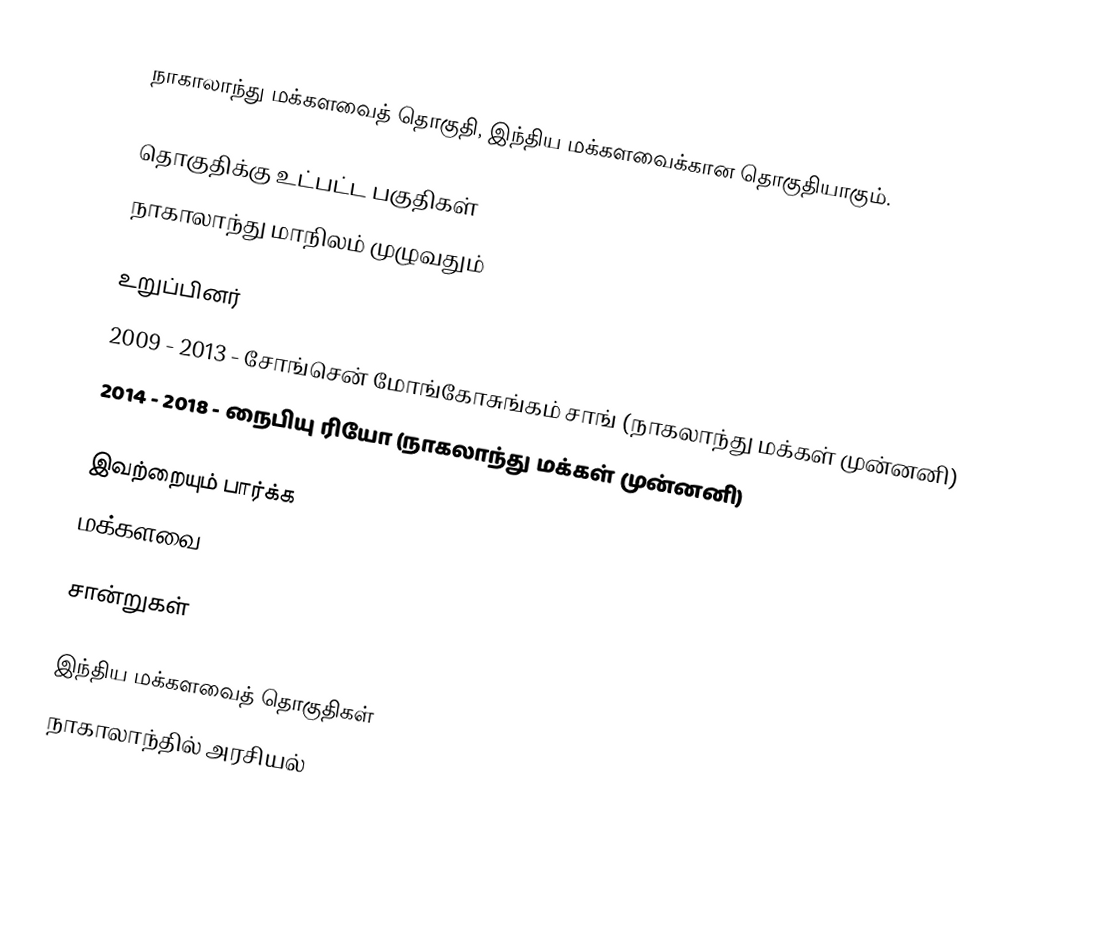
நாகாலாந்து மக்களவைத் தொகுதி, இந்திய மக்களவைக்கான தொகுதியாகும்.

தொகுதிக்கு உட்பட்ட பகுதிகள்
நாகாலாந்து மாநிலம் முழுவதும்

உறுப்பினர்
2009 - 2013  - சோங்சென் மோங்கோசுங்கம் சாங் (நாகலாந்து மக்கள் முன்னனி)
2014 - 2018  - நைபியு ரியோ (நாகலாந்து மக்கள் முன்னனி)

இவற்றையும் பார்க்க
 மக்களவை

சான்றுகள்

இந்திய மக்களவைத் தொகுதிகள்
நாகாலாந்தில் அரசியல்